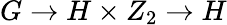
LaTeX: G\rightarrow H\times Z_{2}\rightarrow H